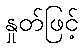
နှုတ်ဖြင့်